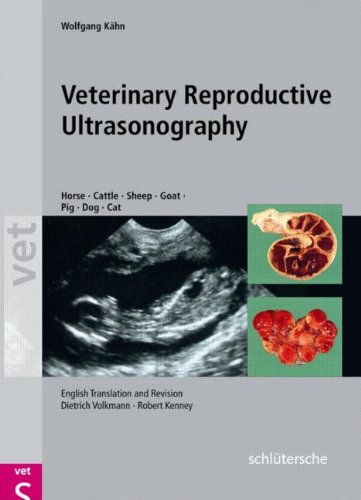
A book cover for Veterinary Reproductive Ultrasonography; Wolfgang KÃ¤hn; Medical Books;